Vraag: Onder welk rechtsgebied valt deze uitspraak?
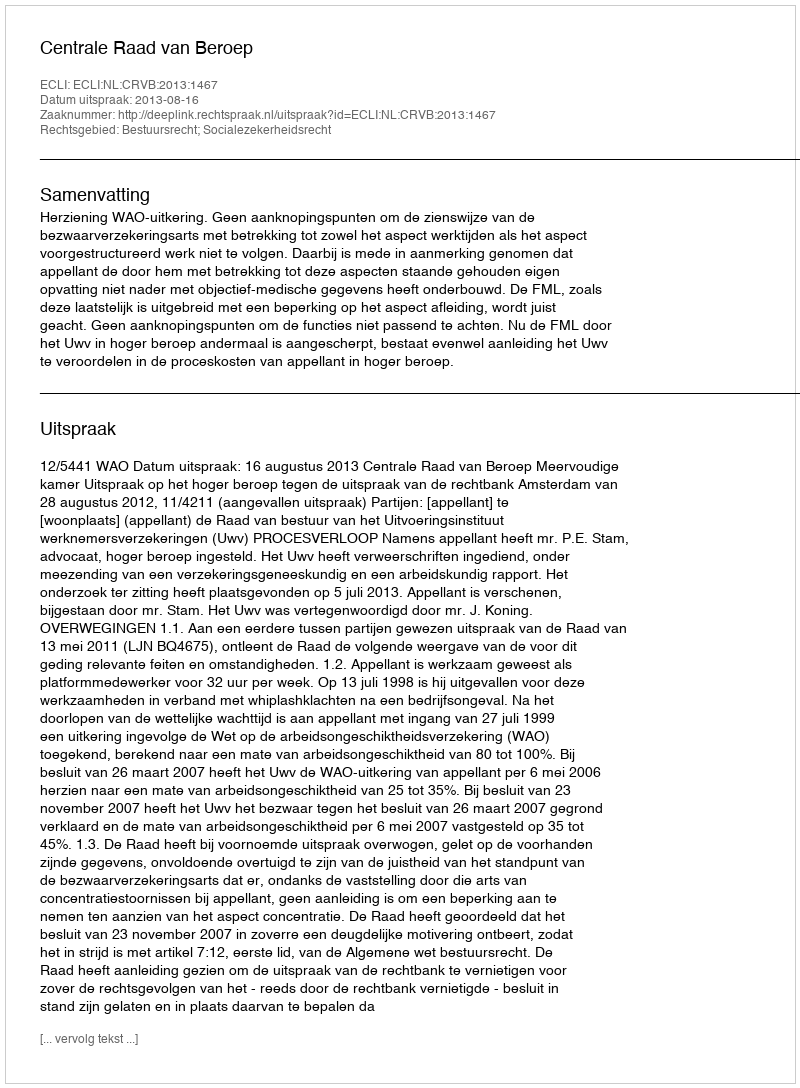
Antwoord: Bestuursrecht; Socialezekerheidsrecht